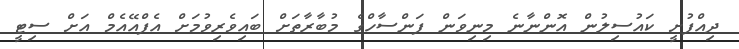
ދިއްފުށީ ކައުސިލުން އޮންނާނެ މިނިވަން ފަންސާހްގެ މުބާރާތަށް ބައިވެރިވުމަށް އެފްއޭއެމް އަށް ސިޓީ